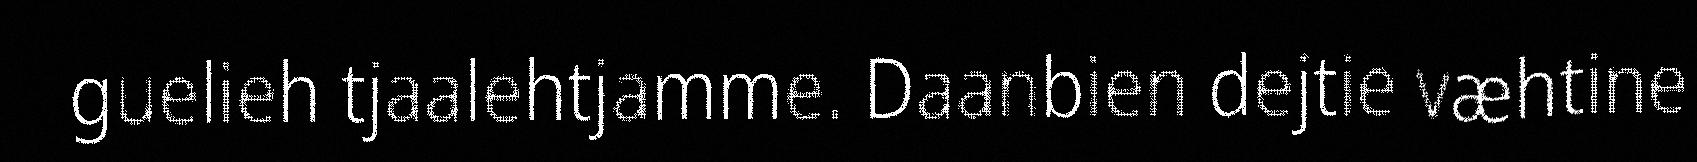
guelieh tjaalehtjamme. Daanbien dejtie væhtine